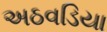
અઠવડિયા